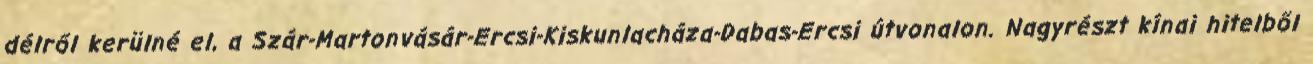
délről kerülné el, a Szár-Martonvásár-Ercsi-Kiskunlacháza-Dabas-Ercsi útvonalon. Nagyrészt kínai hitelből